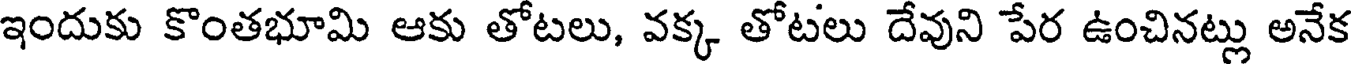
ఇందుకు కొంతభూమి ఆకు తోటలు, వక్క తోటలు దేవుని పేర ఉంచినట్లు అనేక